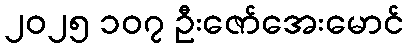
၂၀၂၅ ၁၀၇ ဦးဇော်အေးမောင်